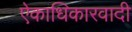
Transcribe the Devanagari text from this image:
ऐकाधिकारवादी